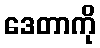
ဒေတာကို